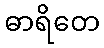
ဓာရိတေ